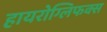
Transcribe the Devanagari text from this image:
हायरोग्लिफक्स